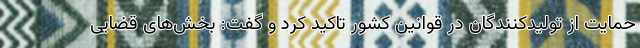
حمایت از تولیدکنندگان در قوانین کشور تاکید کرد و گفت: بخش‌های قضایی